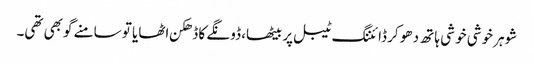
شوہر خوشی خو شی ہا تھ دھو کر ڈائننگ ٹیبل پر بیٹھا، ڈونگے کا ڈھکن اٹھایا تو سامنے گوبھی تھی۔